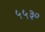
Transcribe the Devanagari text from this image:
५५३०